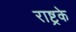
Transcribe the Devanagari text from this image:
राष्ट्रके